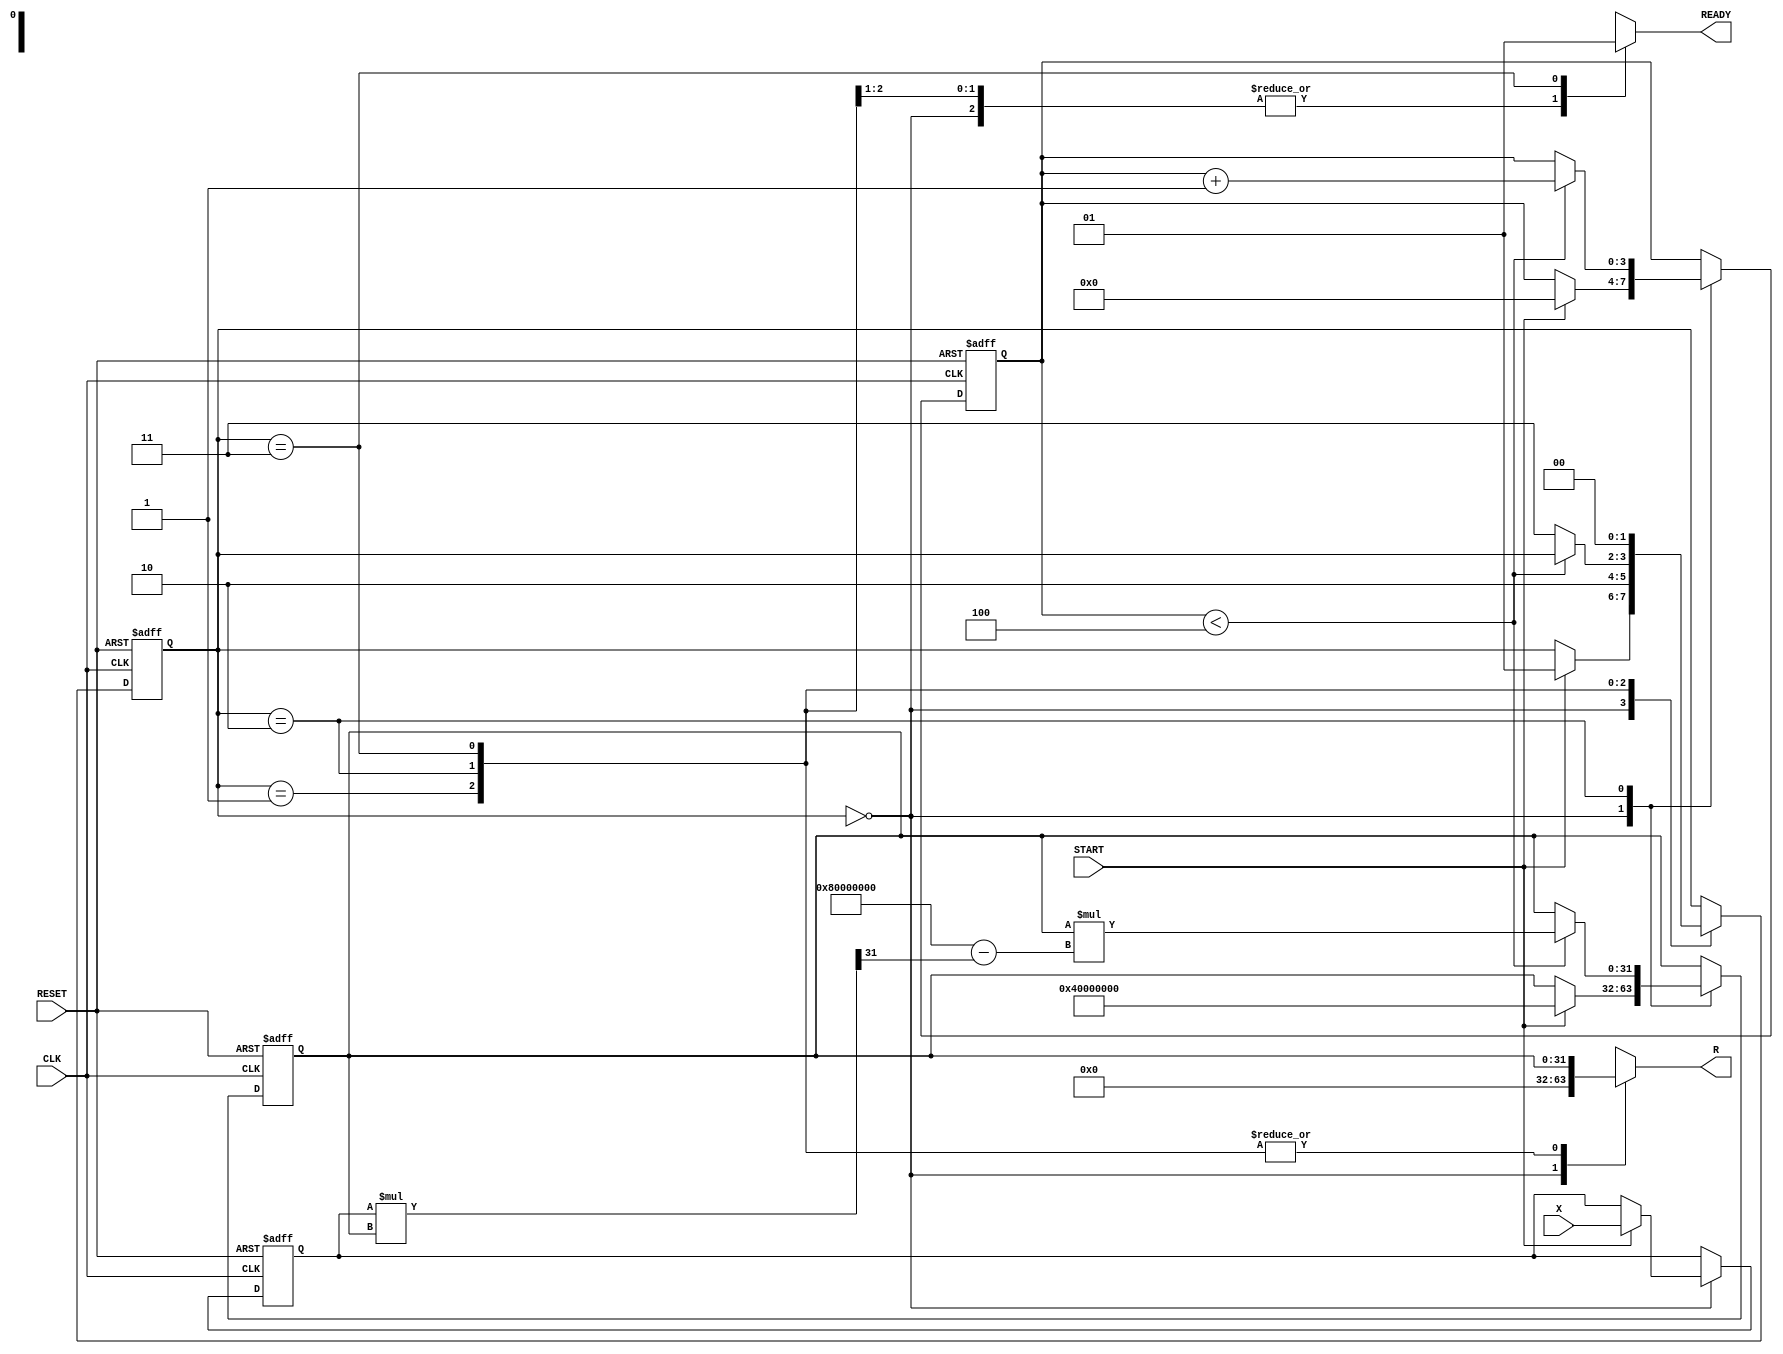
module NewtonRaphsonReciprocal (
    input wire [31:0] X,          // Input data (fixed-point)
    input wire START,             // Start signal
    input wire CLK,               // Clock signal
    input wire RESET,             // Reset signal
    output reg [31:0] R,          // Reciprocal result (fixed-point)
    output reg READY              // Ready signal
);

    // Internal registers
    reg [31:0] X_reg;             // Register to hold input value
    reg [31:0] R_reg;             // Register to hold current approximation of reciprocal
    reg [3:0] iteration_count;    // Iteration counter
    reg [1:0] state;              // State variable for FSM

    // State encoding
    localparam IDLE = 2'b00;
    localparam INIT = 2'b01;
    localparam ITERATE = 2'b10;
    localparam DONE = 2'b11;

    // Constants
    localparam MAX_ITERATIONS = 4; // Define maximum iterations for convergence

    // Combinational logic for next state and output
    always @(*) begin
        case (state)
            IDLE: begin
                READY = 0;
                R = 32'b0;
            end
            INIT: begin
                READY = 0;
                R = R_reg;
            end
            ITERATE: begin
                READY = 0;
                R = R_reg;
            end
            DONE: begin
                READY = 1;
                R = R_reg;
            end
            default: begin
                READY = 0;
                R = 32'b0;
            end
        endcase
    end

    // Sequential logic for state transitions and calculations
    always @(posedge CLK or posedge RESET) begin
        if (RESET) begin
            state <= IDLE;
            iteration_count <= 0;
            R_reg <= 32'b0;
            X_reg <= 32'b0;
        end else begin
            case (state)
                IDLE: begin
                    if (START) begin
                        X_reg <= X; // Load input value
                        R_reg <= 32'h40000000; // Initial guess (1.0 in fixed-point)
                        iteration_count <= 0;
                        state <= INIT;
                    end
                end
                INIT: begin
                    state <= ITERATE;
                end
                ITERATE: begin
                    if (iteration_count < MAX_ITERATIONS) begin
                        // Newton-Raphson iteration
                        R_reg <= R_reg * (32'h80000000 - (X_reg * R_reg >> 31)); // R_new = R_old * (2 - X * R_old)
                        iteration_count <= iteration_count + 1;
                    end else begin
                        state <= DONE;
                    end
                end
                DONE: begin
                    state <= IDLE; // Go back to IDLE after completion
                end
            endcase
        end
    end

endmodule